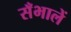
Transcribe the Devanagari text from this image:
सँभालें